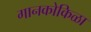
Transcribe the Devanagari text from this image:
गानकोकिळा